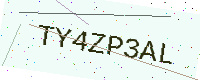
Text: TY4ZP3AL